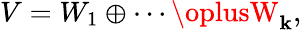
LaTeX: V=W_{1}\oplus\cdots\oplusW_{\mathbf{k}},